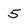
Character: 5